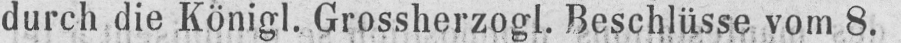
durch die Königl. Grossherzogl. Beschlüsse vom 8.